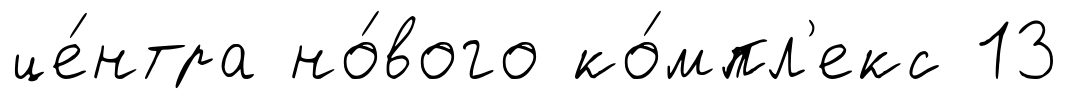
це́нтра но́вого ко́мпл'екс 13